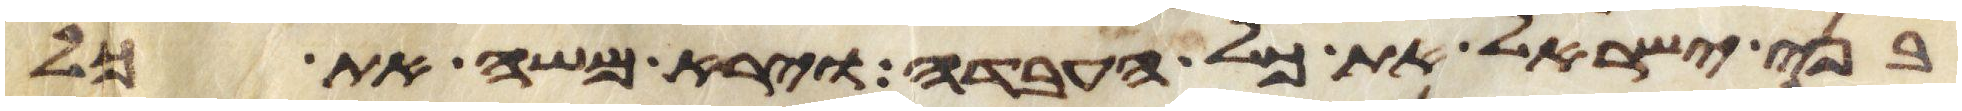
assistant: בני ישראל את כל העבדה וירא משה את כל